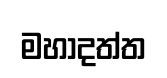
මහාදත්ත